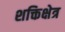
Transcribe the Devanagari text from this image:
शक्तिक्षेत्र